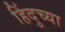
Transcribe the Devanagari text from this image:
हिंदुच्या